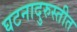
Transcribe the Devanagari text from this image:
घटनादुरुस्तीत